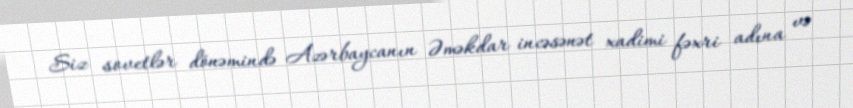
Siz sovetlər dönəmində Azərbaycanın Əməkdar incəsənət xadimi fəxri adına və